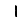
Digit: 1